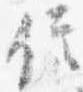
信